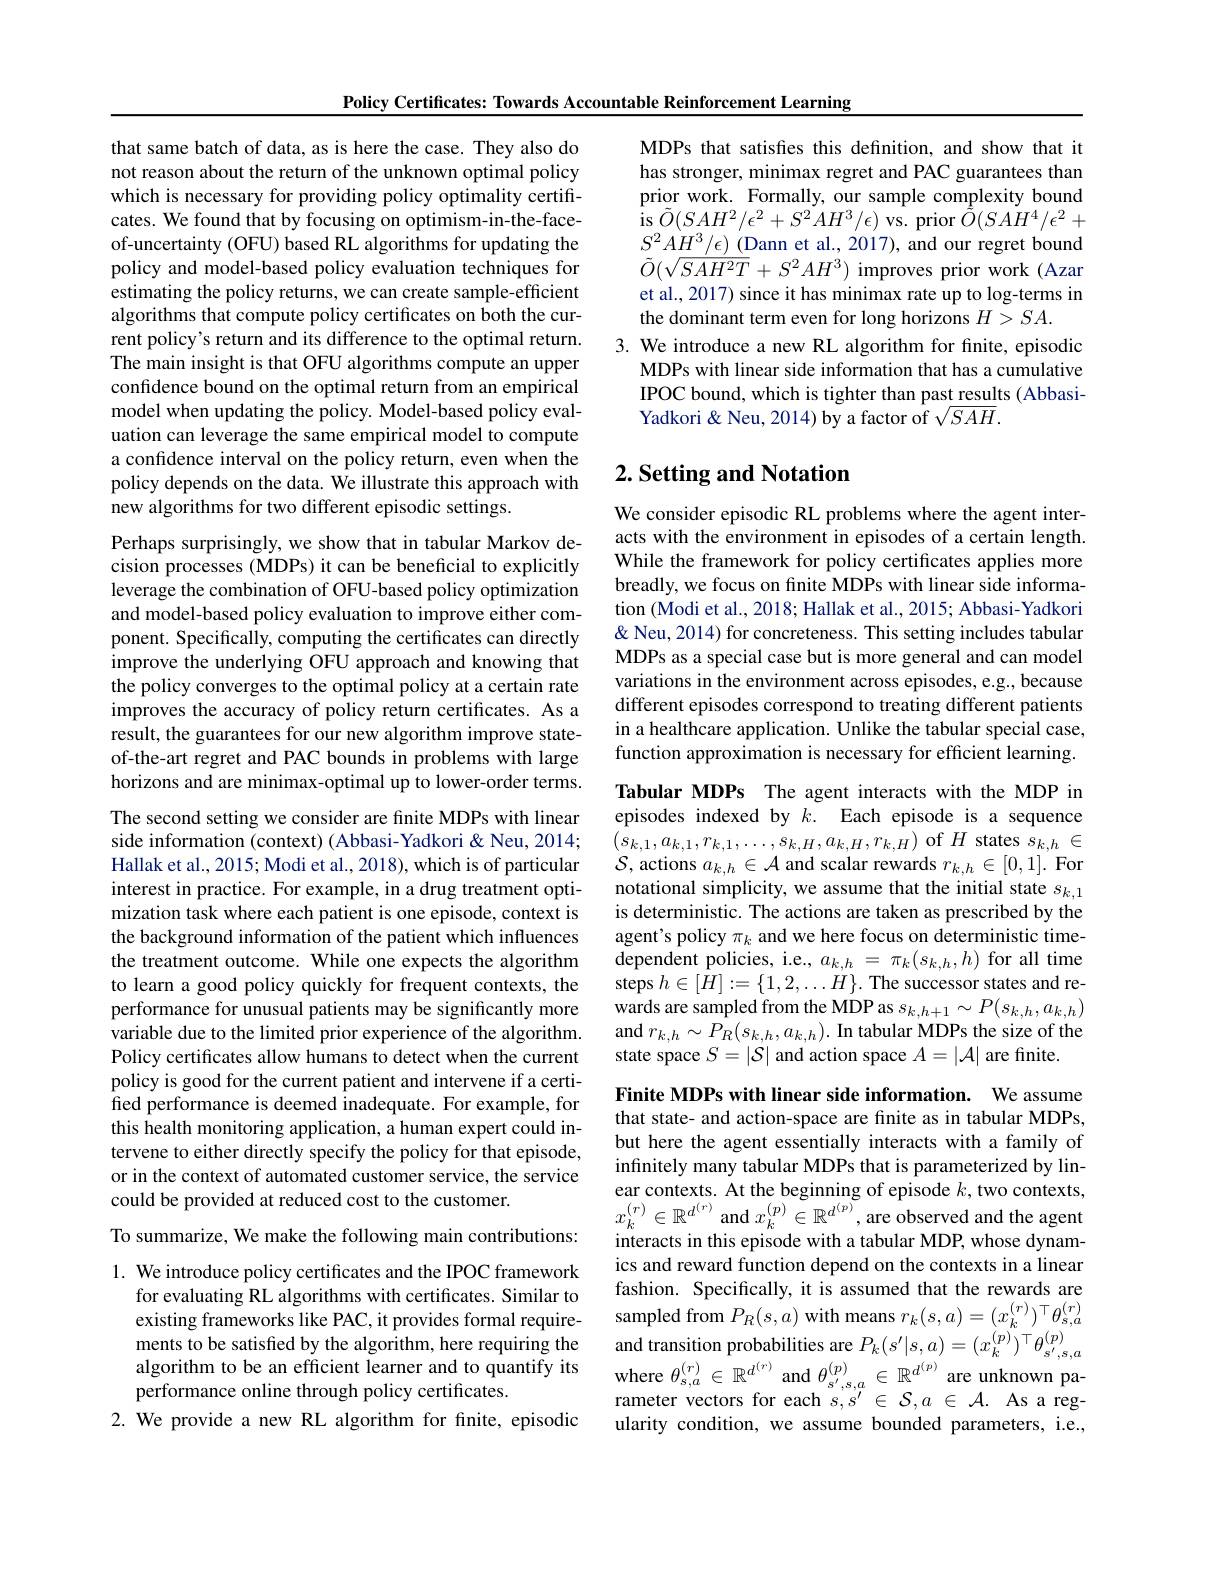
Policy Certificates: Towards Accountable Reinforcement Learning

that same batch of data, as is here the case. They also do not reason about the return of the unknown optimal policy which is necessary for providing policy optimality certificates. We found that by focusing on optimism-in-the-faceof-uncertainty (OFU) based RL algorithms for updating the policy and model-based policy evaluation techniques for estimating the policy returns, we can create sample-efficient algorithms that compute policy certificates on both the current policy's return and its difference to the optimal return. The main insight is that OFU algorithms compute an upper confidence bound on the optimal return from an empirical model when updating the policy. Model-based policy evaluation can leverage the same empirical model to compute a confidence interval on the policy return, even when the policy depends on the data. We illustrate this approach with new algorithms for two different episodic settings.

Perhaps surprisingly, we show that in tabular Markov decision processes (MDPs) it can be beneficial to explicitly leverage the combination of OFU-based policy optimization and model-based policy evaluation to improve either component. Specifically, computing the certificates can directly improve the underlying OFU approach and knowing that the policy converges to the optimal policy at a certain rate improves the accuracy of policy return certificates. As a result, the guarantees for our new algorithm improve stateof-the-art regret and PAC bounds in problems with large horizons and are minimax-optimal up to lower-order terms. The second setting we consider are finite MDPs with linear side information (context) (Abbasi-Yadkori &Neu, 2014; Hallak et al., 2015; Modi et al., 2018), which is of particular interest in practice. For example, in a drug treatment optimization task where each patient is one episode, context is the background information of the patient which influences the treatment outcome. While one expects the algorithm to learn a good policy quickly for frequent contexts, the performance for unusual patients may be significantly more variable due to the limited prior experience of the algorithm. Policy certificates allow humans to detect when the current policy is good for the current patient and intervene if a certified performance is deemed inadequate. For example, for this health monitoring application, a human expert could intervene to either directly specify the policy for that episode, or in the context of automated customer service, the service could be provided at reduced cost to the customer.
To summarize, We make the following main contributions: 1. We introduce policy certificates and the IPOC framework
for evaluating RL algorithms with certificates. Similar to existing frameworks like PAC, it provides formal requirements to be satisfied by the algorithm, here requiring the algorithm to be an efficient learner and to quantify its performance online through policy certificates

2. We provide a new RL algorithm for finite, episodic

MDPs that satisfes this definition, and show that it has stronger, minimax regret and PAC guarantees than prior work. Formally, our sample complexity bound $\mathop{\mathrm{is~}}\tilde{O}(SAH^{2}/\epsilon^{2}+S^{2}AH^{3}/\epsilon)\mathop{\mathrm{vs.~prior~}\tilde{O}}(SAH^{4}/\epsilon^{2}+$ $S^{2}A\underline{H^{3}/\epsilon)}^{\prime}($Dann et al., 2017), and our regret bound $\tilde{O}(\sqrt{SAH^{2}T}+S^{2}AH^{3})$ improves prior work (Azar et al., 2017) since it has minimax rate up to log-terms in the dominant term even for long horizons $H>SA.$
3. We introduce a new RL algorithm for finite, episodic
MDPs with linear side information that has a cumulative IPOC bound, which is tighter than past results (AbbasiYadkori& Neu, 2014) by a factor of $\sqrt{SAH}.$

# 2. Setting and Notation

We consider episodic RL problems where the agent interacts with the environment in episodes of a certain length. While the framework for policy certificates applies more breadly, we focus on finite MDPs with linear side information (Modi et al., 2018; Hallak et al., 2015; Abbasi- Yadkori & Neu, 2014) for concreteness. This setting includes tabular MDPs as a special case but is more general and can model variations in the environment across episodes, e.g., because different episodes correspond to treating different patients in a healthcare application. Unlike the tabular special case, function approximation is necessary for efficient learning.

Tabular MDPs The agent interacts with the MDP in episodes indexed by $k.$ Each episode is a sequence $\begin{array}{l}{(s_{k,1},a_{k,1},r_{k,1},\ldots,s_{k,H},a_{k,H},r_{k,H})\mathrm{~of~}H\mathrm{~states~}s_{k,h}\in}\\{\mathcal{S},\mathrm{~actions~}a_{k,h}\in\mathcal{A}\mathrm{~and~scalar~rewards~}r_{k,h}\in[0,1].\mathrm{~For}}\end{array}$ notational simplicity, we assume that the initial state $s_k,1$ is deterministic. The actions are taken as prescribed by the agent's policy $\pi_k$ and we here focus on deterministic timedependent policies, i.e., $a_{k,h}=\pi_{k}(s_{k,h},h)$ for all time steps $h\in[H]:=\{1,2,\ldots H\}.$ The successor states and rewards are sampled from the MDP as $s_k,h+1\sim P(s_{k,h},a_{k,h})$ and $r_k,h\sim P_{R}(s_{k,h},a_{k,h}).$ In tabular MDPs the size of the state space $S=|\mathcal{S}|$ and action space $A=|\mathcal{A}|$ are finite.

Finite MDPs with linear side information. We assume that state- and action-space are finite as in tabular MDPs, but here the agent essentially interacts with a family of infinitely many tabular MDPs that is parameterized by linear contexts. At the beginning of episode $k$,two contexts, $x_{k}^{(r)}\in\mathbb{R}^{d^{(r)}}$ and $x_k^{(p)}\in\mathbb{R}^{d^{(p)}}$, are observed and the agent interacts in this episode with a tabular MDP, whose dynamics and reward function depend on the contexts in a linear fashion. Specifically, it is assumed that the rewards are $\hat{\text{sampled from }P_R(s,a)}$with means $r_k(s,a)=(x_k^{(r)})^\top\theta_{s,a}^{(r)}$ and transition probabilities are $P_k(s^{\prime}|s,a)=(x_k^{(p)})^\top\theta_{s^{\prime},s,a}^{(p)}$ where $\theta_s,a^{(r)}\in\mathbb{R}^{d^{(r)}}$ and $\theta_s^{\prime},s,a^{(p)}\in\mathbb{R}^{d^{(p)}}$ are unknown parameter vectors for each $s,s^\prime\in\mathcal{S},a\in\mathcal{A}.$ As a regularity condition, we assume bounded parameters, i.e.,